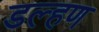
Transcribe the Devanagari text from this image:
डल्हण